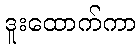
ဒူးထောက်ကာ